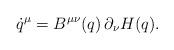
LaTeX: \begin{align*}\dot q^\mu = B^{\mu \nu}(q) \, \partial_\nu H(q).\end{align*}